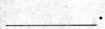
___.